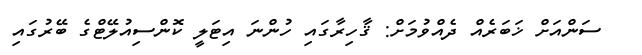
ސަންއަށް ޚަބަރެއް ދެއްވުމަށް: ޤާހިރާގައި ހުންނަ އިޓަލީ ކޮންސިއުލޭޓްގެ ބޭރުގައި